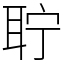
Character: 聍